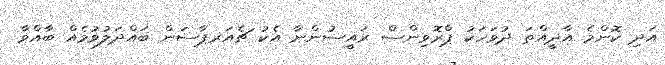
އަދި ކޮންމެ އާދީއްތަ ދުވަހަކު ޕްރޮވިންސް ރައީސުންނާ އެކު ޗެއަރޕާސަން ބައްދަލުވުމެއް ބާއްވާ